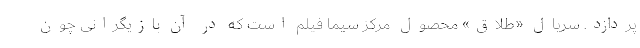
پردازد. سریال «طلاق» محصول مرکز سیما فیلم است که در آن بازیگرانی چون